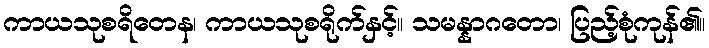
ကာယသုစရိတေန၊ ကာယသုစရိုက်နှင့်။ သမန္နာဂတော၊ ပြည့်စုံကုန်၏။